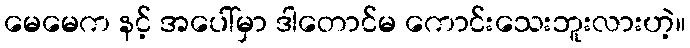
မေမေက နင့် အပေါ်မှာ ဒါတောင်မ ကောင်းသေးဘူးလားဟဲ့။